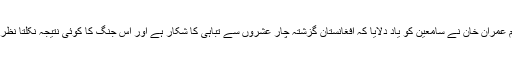
وزیراعظم عمران خان نے سامعین کو یاد دلایا کہ افغانستان گزشتہ چار عشروں سے تباہی کا شکار ہے اور اس جنگ کا کوئی نتیجہ نکلتا نظر نہیں آرہا۔